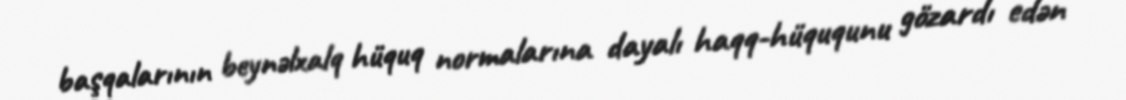
başqalarının beynəlxalq hüquq normalarına dayalı haqq-hüququnu gözardı edən